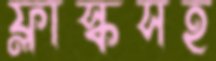
ফ্লাস্কসহ